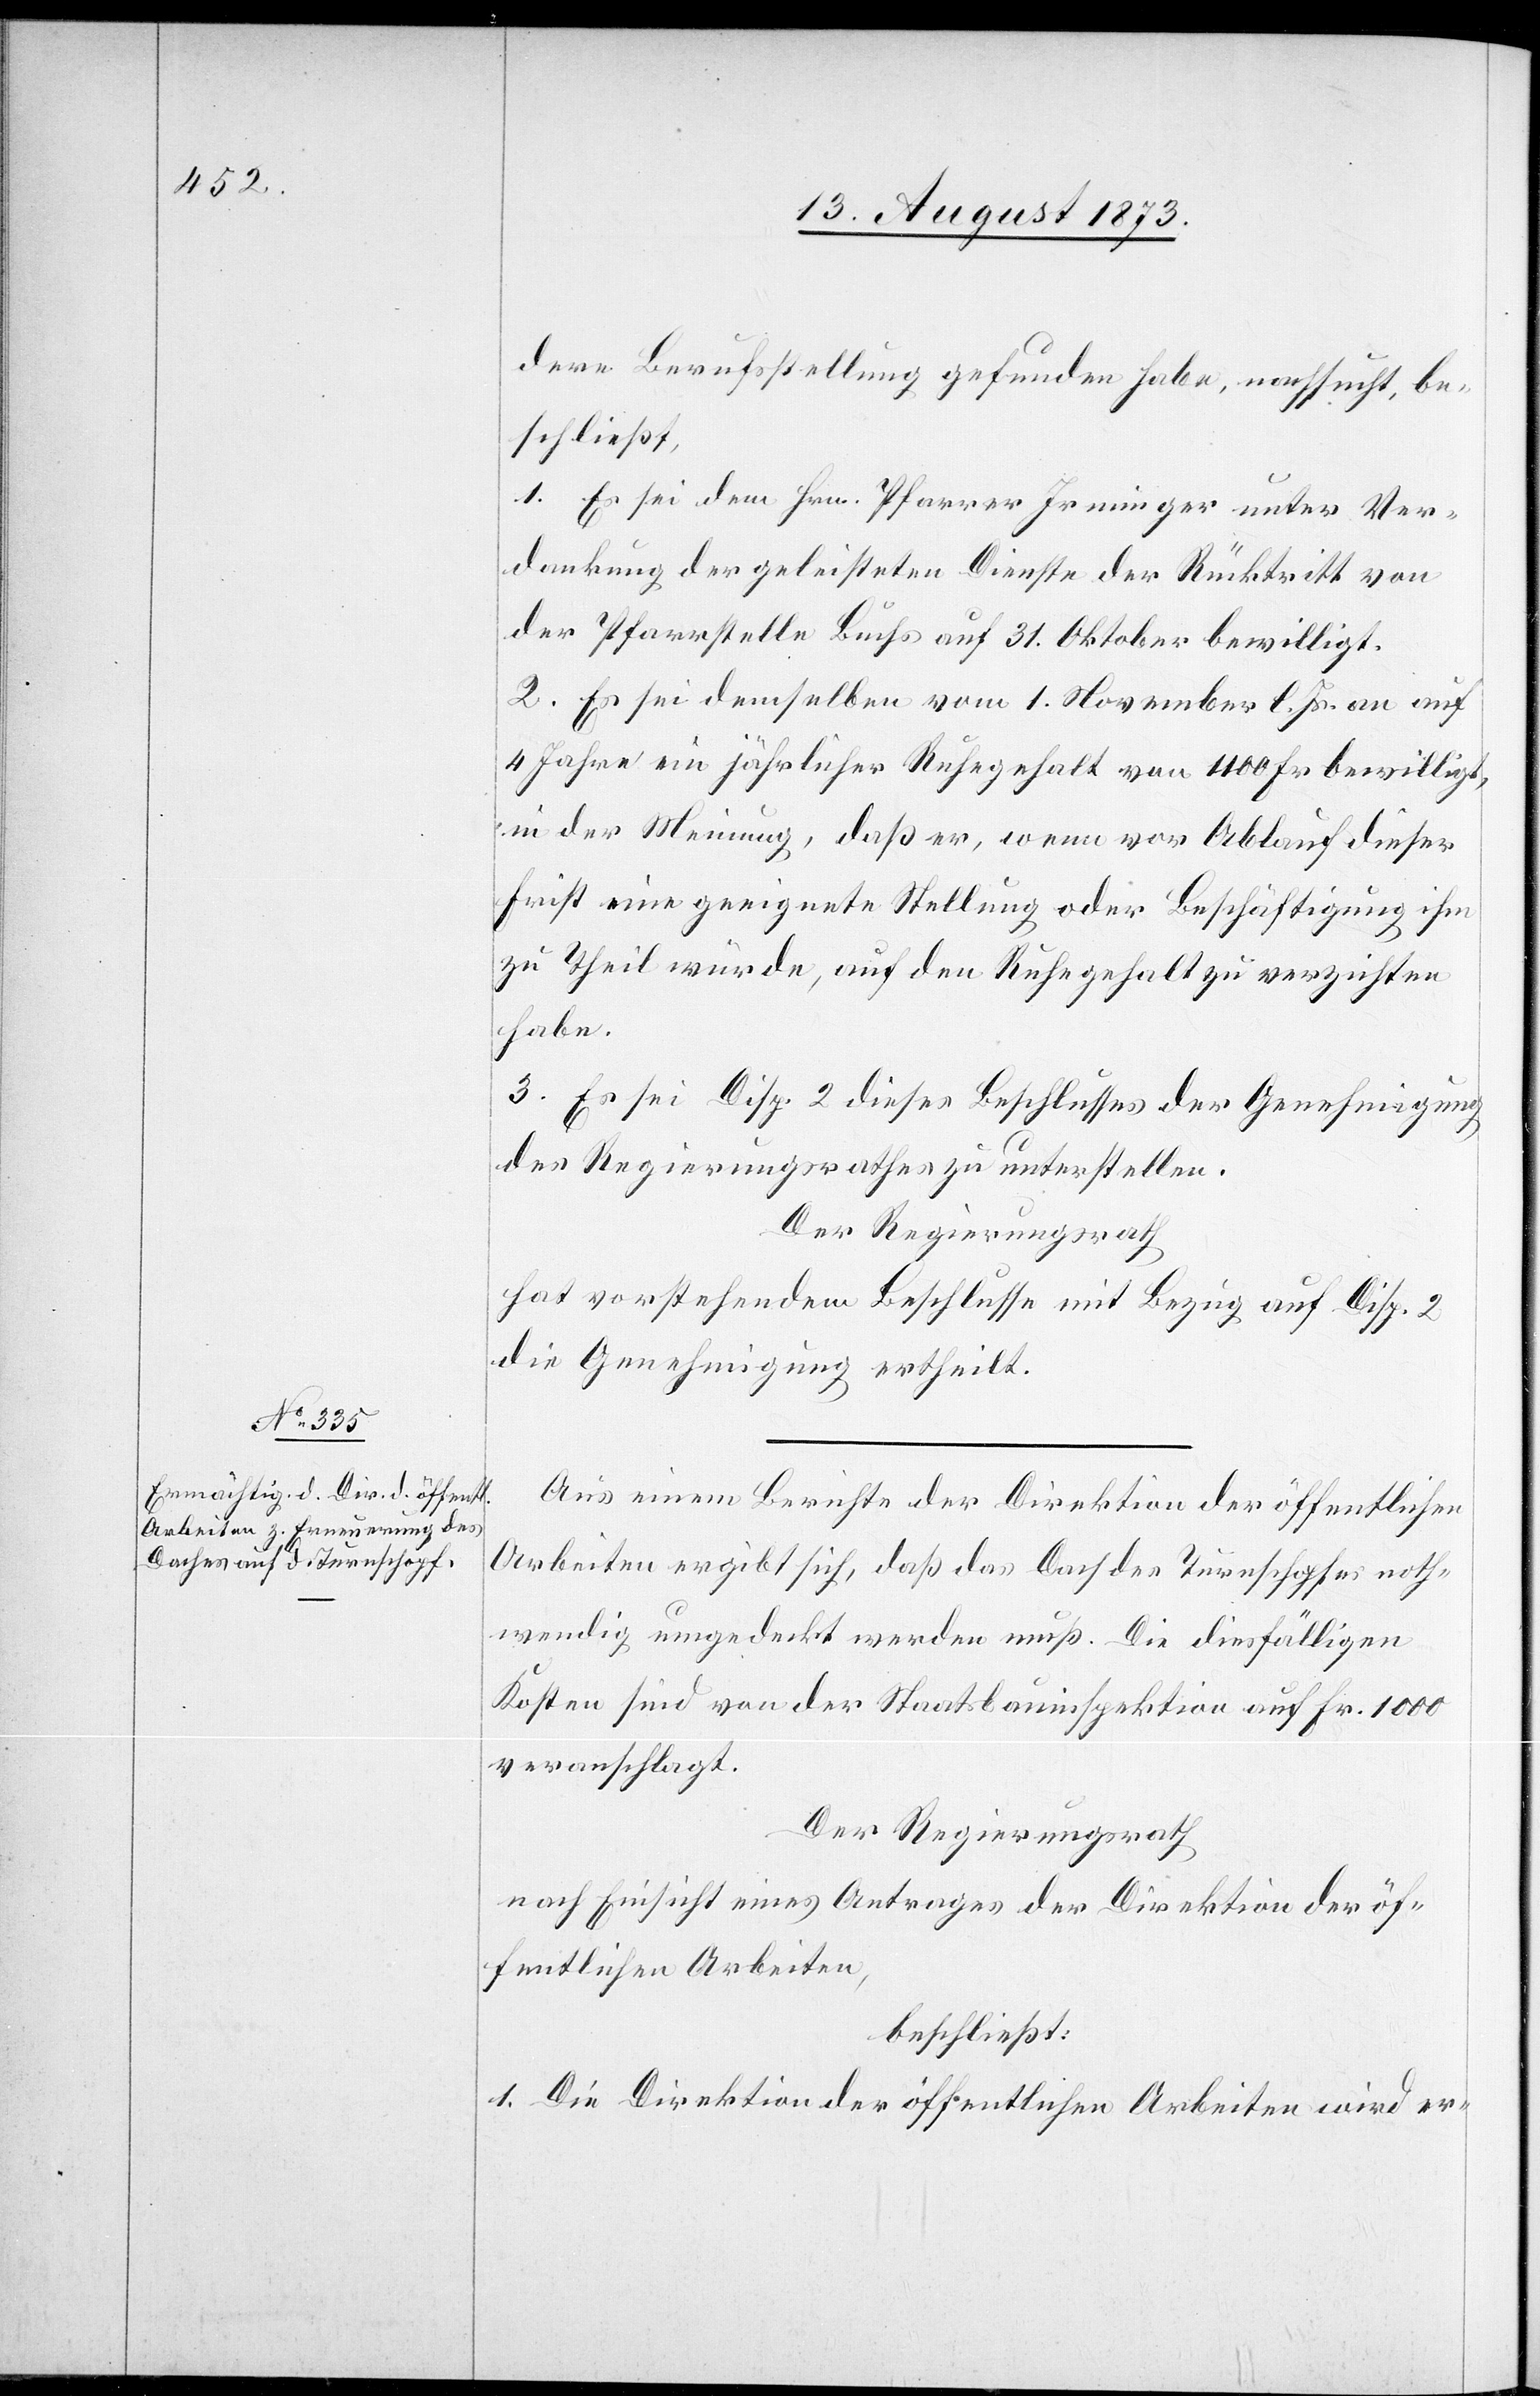
dere Berufsstellung gefunden habe, nachsucht, be¬
schließt,
1. Es sei dem Hrn. Pfarrer Irminger unter Ver¬
dankung der geleisteten Dienste der Rücktritt von
der Pfarrstelle Buchs auf 31. Oktober bewilligt.
2. Es sei demselben vom 1. November l. Js. an auf
4 Jahre ein jährlicher Ruhegehalt von 1 100 Fr. bewilligt,
in der Meinung, daß er, wenn vor Ablauf dieser
Frist eine geeignete Stellung oder Beschäftigung ihm
zu Theil würde, auf den Ruhegehalt zu verzichten
habe.
3. Es sei Disp. 2 dieses Beschlusses der Genehmigung
des Regierungsrathes zu unterstellen.
Der Regierungsrath
hat vorstehendem Beschlusse mit Bezug auf Disp. 2
die Genehmigung ertheilt.
Aus einem Berichte der Direktion der öffentlichen
Arbeiten ergibt sich, daß das Dach des Turnschopfes noth¬
wendig umgedeckt werden muß. Die diesfälligen
Kosten sind von der Staatsbauinspektion auf Fr. 1000
veranschlagt.
Der Regierungsrath
nach Einsicht eines Antrages der Direktion der öf¬
fentlichen Arbeiten,
beschließt:
1. Die Direktion der öffentlichen Arbeiten wird er-